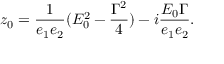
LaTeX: z _ { 0 } = \frac { 1 } { e _ { 1 } e _ { 2 } } ( E _ { 0 } ^ { 2 } - \frac { { \Gamma } ^ { 2 } } { 4 } ) - i \frac { E _ { 0 } { \Gamma } } { e _ { 1 } e _ { 2 } } .